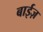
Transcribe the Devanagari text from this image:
बाईज़